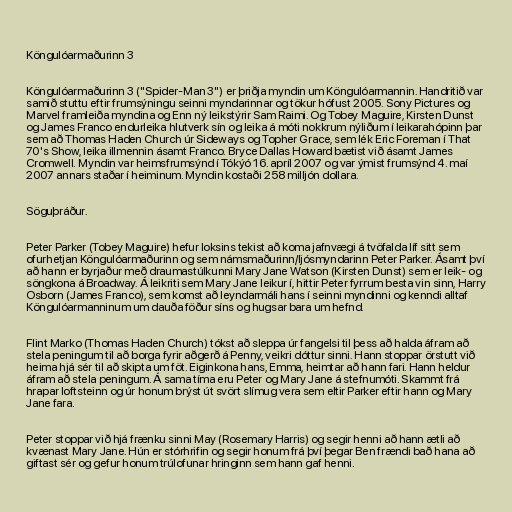
Köngulóarmaðurinn 3

Köngulóarmaðurinn 3 ("Spider-Man 3") er þriðja myndin um Köngulóarmannin. Handritið var
samið stuttu eftir frumsýningu seinni myndarinnar og tökur hófust 2005. Sony Pictures og
Marvel framleiða myndina og Enn ný leikstýrir Sam Raimi. Og Tobey Maguire, Kirsten Dunst
og James Franco endurleika hlutverk sín og leika á móti nokkrum nýliðum í leikarahópinn þar
sem að Thomas Haden Church úr Sideways og Topher Grace, sem lék Eric Foreman í That
70's Show, leika illmennin ásamt Franco. Bryce Dallas Howard bætist við ásamt James
Cromwell. Myndin var heimsfrumsýnd í Tókýó 16. apríl 2007 og var ýmist frumsýnd 4. maí
2007 annars staðar í heiminum. Myndin kostaði 258 milljón dollara.

Söguþráður.

Peter Parker (Tobey Maguire) hefur loksins tekist að koma jafnvægi á tvöfalda líf sitt sem
ofurhetjan Köngulóarmaðurinn og sem námsmaðurinn/ljósmyndarinn Peter Parker. Ásamt því
að hann er byrjaður með draumastúlkunni Mary Jane Watson (Kirsten Dunst) sem er leik- og
söngkona á Broadway. Á leikriti sem Mary Jane leikur í, hittir Peter fyrrum besta vin sinn, Harry
Osborn (James Franco), sem komst að leyndarmáli hans í seinni myndinni og kenndi alltaf
Köngulóarmanninum um dauða föður síns og hugsar bara um hefnd.

Flint Marko (Thomas Haden Church) tókst að sleppa úr fangelsi til þess að halda áfram að
stela peningum til að borga fyrir aðgerð á Penny, veikri dóttur sinni. Hann stoppar örstutt við
heima hjá sér til að skipta um föt. Eiginkona hans, Emma, heimtar að hann fari. Hann heldur
áfram að stela peningum. Á sama tíma eru Peter og Mary Jane á stefnumóti. Skammt frá
hrapar loftsteinn og úr honum brýst út svört slímug vera sem eltir Parker eftir hann og Mary
Jane fara.

Peter stoppar við hjá frænku sinni May (Rosemary Harris) og segir henni að hann ætli að
kvænast Mary Jane. Hún er stórhrifin og segir honum frá því þegar Ben frændi bað hana að
giftast sér og gefur honum trúlofunar hringinn sem hann gaf henni.